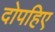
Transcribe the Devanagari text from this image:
दोपहिए